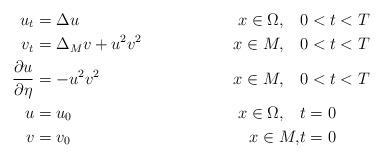
LaTeX: \begin{align*} u_t&= \Delta u & x\in \Omega, \quad&0<t<T\\ v_t&=\Delta_{M} v+u^2 v^2& x\in M,\quad& 0<t<T\\ \frac{\partial u}{\partial \eta}&=-u^2 v^2 & x\in M, \quad&0<t<T\\u&=u_0 &x\in\Omega ,\quad& t=0\\ v&=v_0 & x\in M ,&t=0\end{align*}